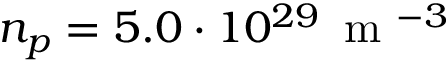
n _ { p } = 5 . 0 \cdot 1 0 ^ { 2 9 } \, \mathrm { ~ m ~ } ^ { - 3 }